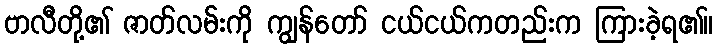
ဗာလီတို့၏ ဇာတ်လမ်းကို ကျွန်တော် ငယ်ငယ်ကတည်းက ကြားခဲ့ရ၏။